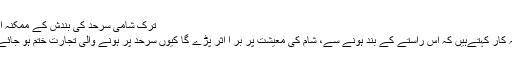
ترک شامی سرحد کی بندش کے ممکنہ اثرات
تجزیہ کار کہتےہیں کہ اس راستے کے بند ہونے سے، شام کی معیشت پر بُر ا اثر پڑے گا کیوں سرحد پر ہونے والی تجارت ختم ہو جائے گی۔